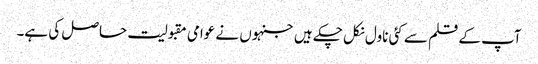
آپ کے قلم سے کئی ناول نکل چکے ہیں جنہوں نے عوامی مقبولیت حاصل کی ہے۔